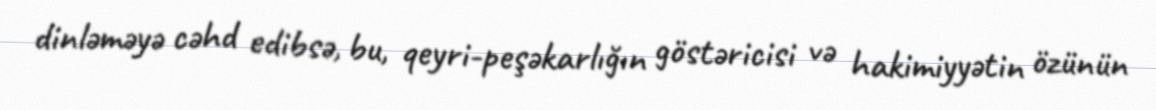
dinləməyə cəhd edibsə, bu, qeyri-peşəkarlığın göstəricisi və hakimiyyətin özünün